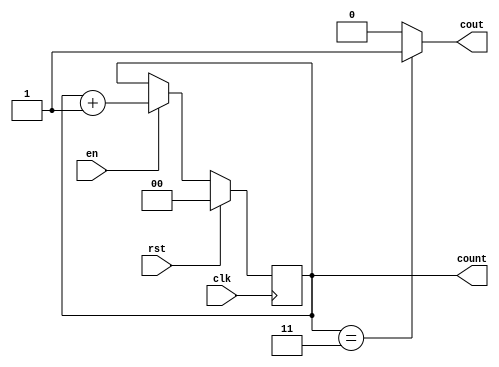
module counter4(input clk, rst, en, output cout, output reg [1:0] count);

	always @(posedge clk) begin
		if (rst)
			count <= 2'b00;
		else if (en)
			count <= count + 1;
	end

	assign cout = (count == 2'b11) ? 1'b1 : 1'b0;

endmodule